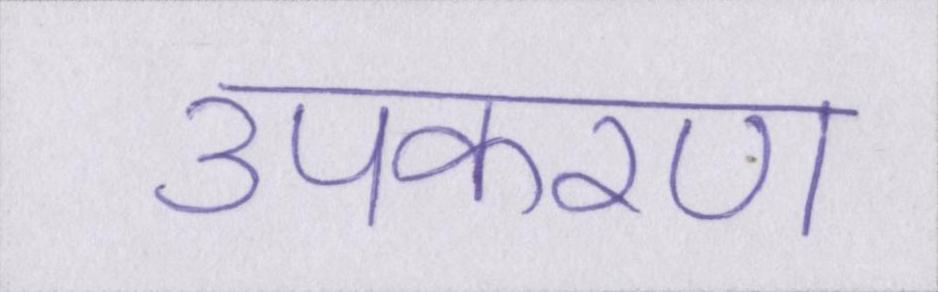
उपकरण